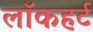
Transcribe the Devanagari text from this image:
लॉकहर्ट